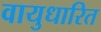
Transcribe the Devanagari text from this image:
वायुधारित